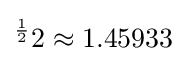
{}^{\frac {1}{2}}2\approx 1.45933